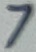
Text: 7